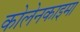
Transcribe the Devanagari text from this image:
कोलेनकाइमा